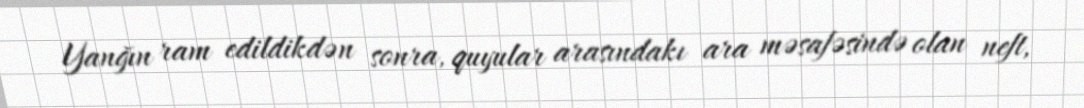
Yanğın ram edildikdən sonra, quyular arasındakı ara məsafəsində olan neft,